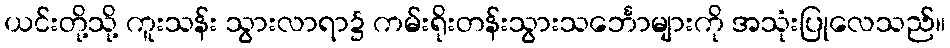
ယင်းတို့သို့ ကူးသန်း သွားလာရာ၌ ကမ်းရိုးတန်းသွားသင်္ဘောများကို အသုံးပြုလေသည်။